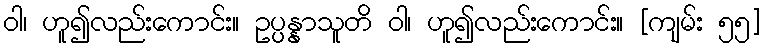
ဝါ၊ ဟူ၍လည်းကောင်း။ ဥပ္ပန္နာသူတိ ဝါ၊ ဟူ၍လည်းကောင်း။ [ကျမ်း ၅၅]